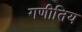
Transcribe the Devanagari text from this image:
गणीतिय